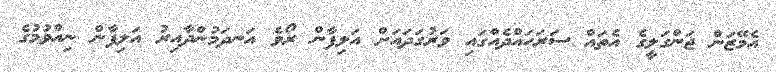
އެމޭޒަން ޖަންގަލީގެ އެތައް ސަރަހައްދެއްގައި ވަރުގަދައަށް އަލިފާން ރޯވެ އަނދަމުންދާއިރު އަލިފާން ނިއްވުމުގެ